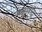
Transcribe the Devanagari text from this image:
बाह्यवृद्धि